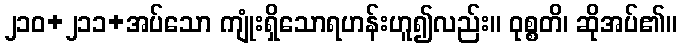
၂၁၀+၂၁၁+အပ်သော ကျုံးရှိသောရဟန်းဟူ၍လည်း။ ဝုစ္စတိ၊ ဆိုအပ်၏။